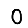
Digit: 0